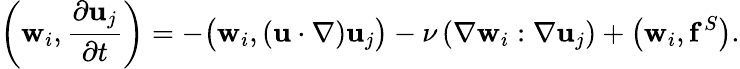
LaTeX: \left(\mathbf{w}_{i},{\frac{\partial\mathbf{u}_{j}}{\partial t}}\right)=-{\bigl(}\mathbf{w}_{i},\left(\mathbf{u}\cdot\nabla\right)\mathbf{u}_{j}{\bigr)}-\nu\left(\nabla\mathbf{w}_{i}:\nabla\mathbf{u}_{j}\right)+\left(\mathbf{w}_{i},\mathbf{f}^{S}\right).